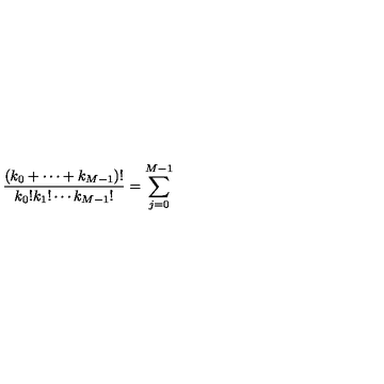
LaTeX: \frac { ( k _ { 0 } + \cdots + k _ { M - 1 } ) ! } { k _ { 0 } ! k _ { 1 } ! \cdots k _ { M - 1 } ! } = \sum _ { j = 0 } ^ { M - 1 }